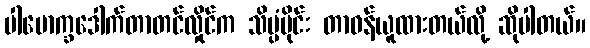
ပါမောက္ခဒေါက်တာတင်လှိုင်က သိပ္ပံပိုင်း တာဝန်ယူထားတယ်လို့ ဆိုပါတယ်။